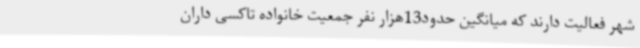
شهر فعالیت دارند که میانگین حدود13هزار نفر جمعیت خانواده تاکسی داران